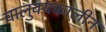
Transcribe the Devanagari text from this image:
चालुक्‍यकालीन